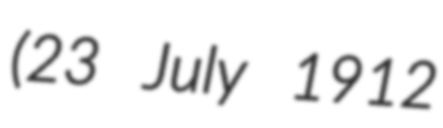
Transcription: (23 July 1912